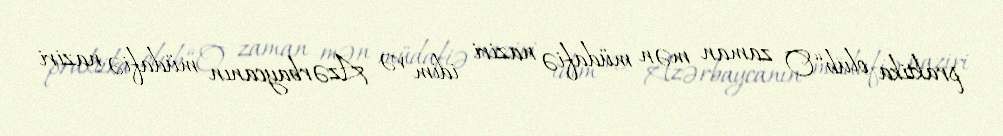
praktika olub.“O zaman mən müdafiə naziri idim və Azərbaycanın müdafiə naziri